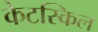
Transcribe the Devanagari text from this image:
केटस्किल